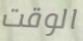
الوقت